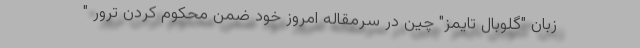
زبان "گلوبال تایمز" چین در سرمقاله امروز خود ضمن محکوم کردن ترور "